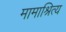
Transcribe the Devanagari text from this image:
मामाश्रित्य